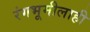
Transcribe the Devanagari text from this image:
रंगभूमीलाही